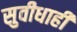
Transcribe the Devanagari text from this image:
सुवीधाही